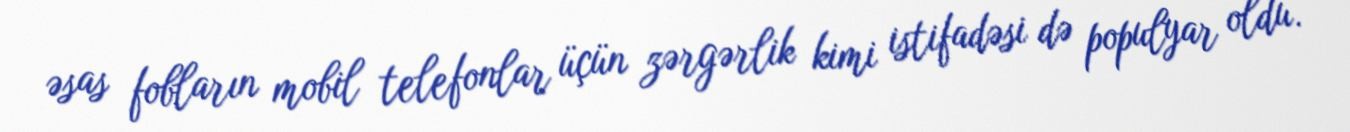
əsas fobların mobil telefonlar üçün zərgərlik kimi istifadəsi də populyar oldu.